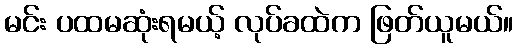
မင်း ပထမဆုံးရမယ့် လုပ်ခထဲက ဖြတ်ယူမယ်။